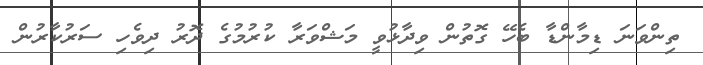
ތިންވަނަ ޑިމާންޑާ ބެހޭ ގޮތުން ވިދާޅުވީ މަޝްވަރާ ކުރުމުގެ ދޮރު ދިވެހި ސަރުކާރުން